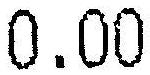
0.00